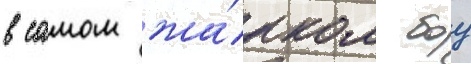
в самом жа́рком боу